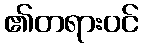
၏တရားဝင်